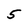
Character: 5